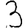
Digit: 3